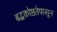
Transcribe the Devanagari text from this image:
बद्धकोष्ठतेपासून